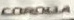
Corola